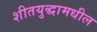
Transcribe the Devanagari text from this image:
शीतयुद्धामधील